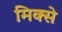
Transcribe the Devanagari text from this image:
मिक्से